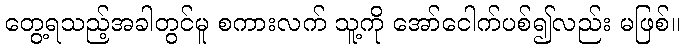
တွေ့ရသည့်အခါတွင်မူ စကားလက် သူ့ကို အော်ငေါက်ပစ်၍လည်း မဖြစ်။